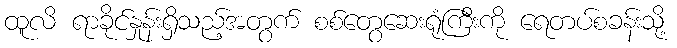
ထူလိ ရာခိုင်နှုန်းရှိသည့်အတွက် စစ်တွေဆေးရုံကြီးကို ရေတပ်စခန်းသို့